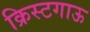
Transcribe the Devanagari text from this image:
क्रिस्टगाऊ